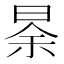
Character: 𱢆